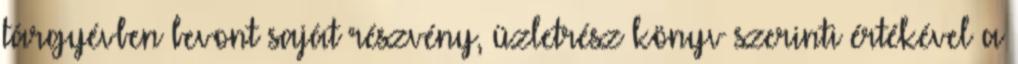
tárgyévben bevont saját részvény, üzletrész könyv szerinti értékével a